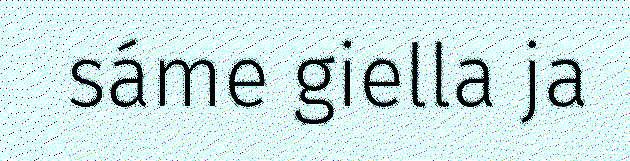
sáme giella ja